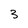
Character: 3